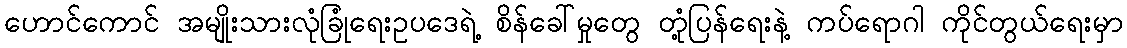
ဟောင်ကောင် အမျိုးသားလုံခြုံရေးဥပဒေရဲ့ စိန်ခေါ်မှုတွေ တုံ့ပြန်ရေးနဲ့ ကပ်ရောဂါ ကိုင်တွယ်ရေးမှာ